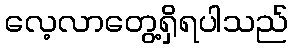
လေ့လာတွေ့ရှိရပါသည်